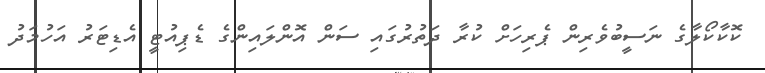
ކޮކާކޯލާގެ ނަސީބުވެރިން ޕެރިހަށް ކުރާ ދަތުރުގައި ސަން އޮންލައިންގެ ޑެޕިއުޓީ އެޑިޓަރު އަހުމަދު